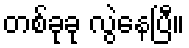
တစ်ခုခု လွဲနေပြီ။